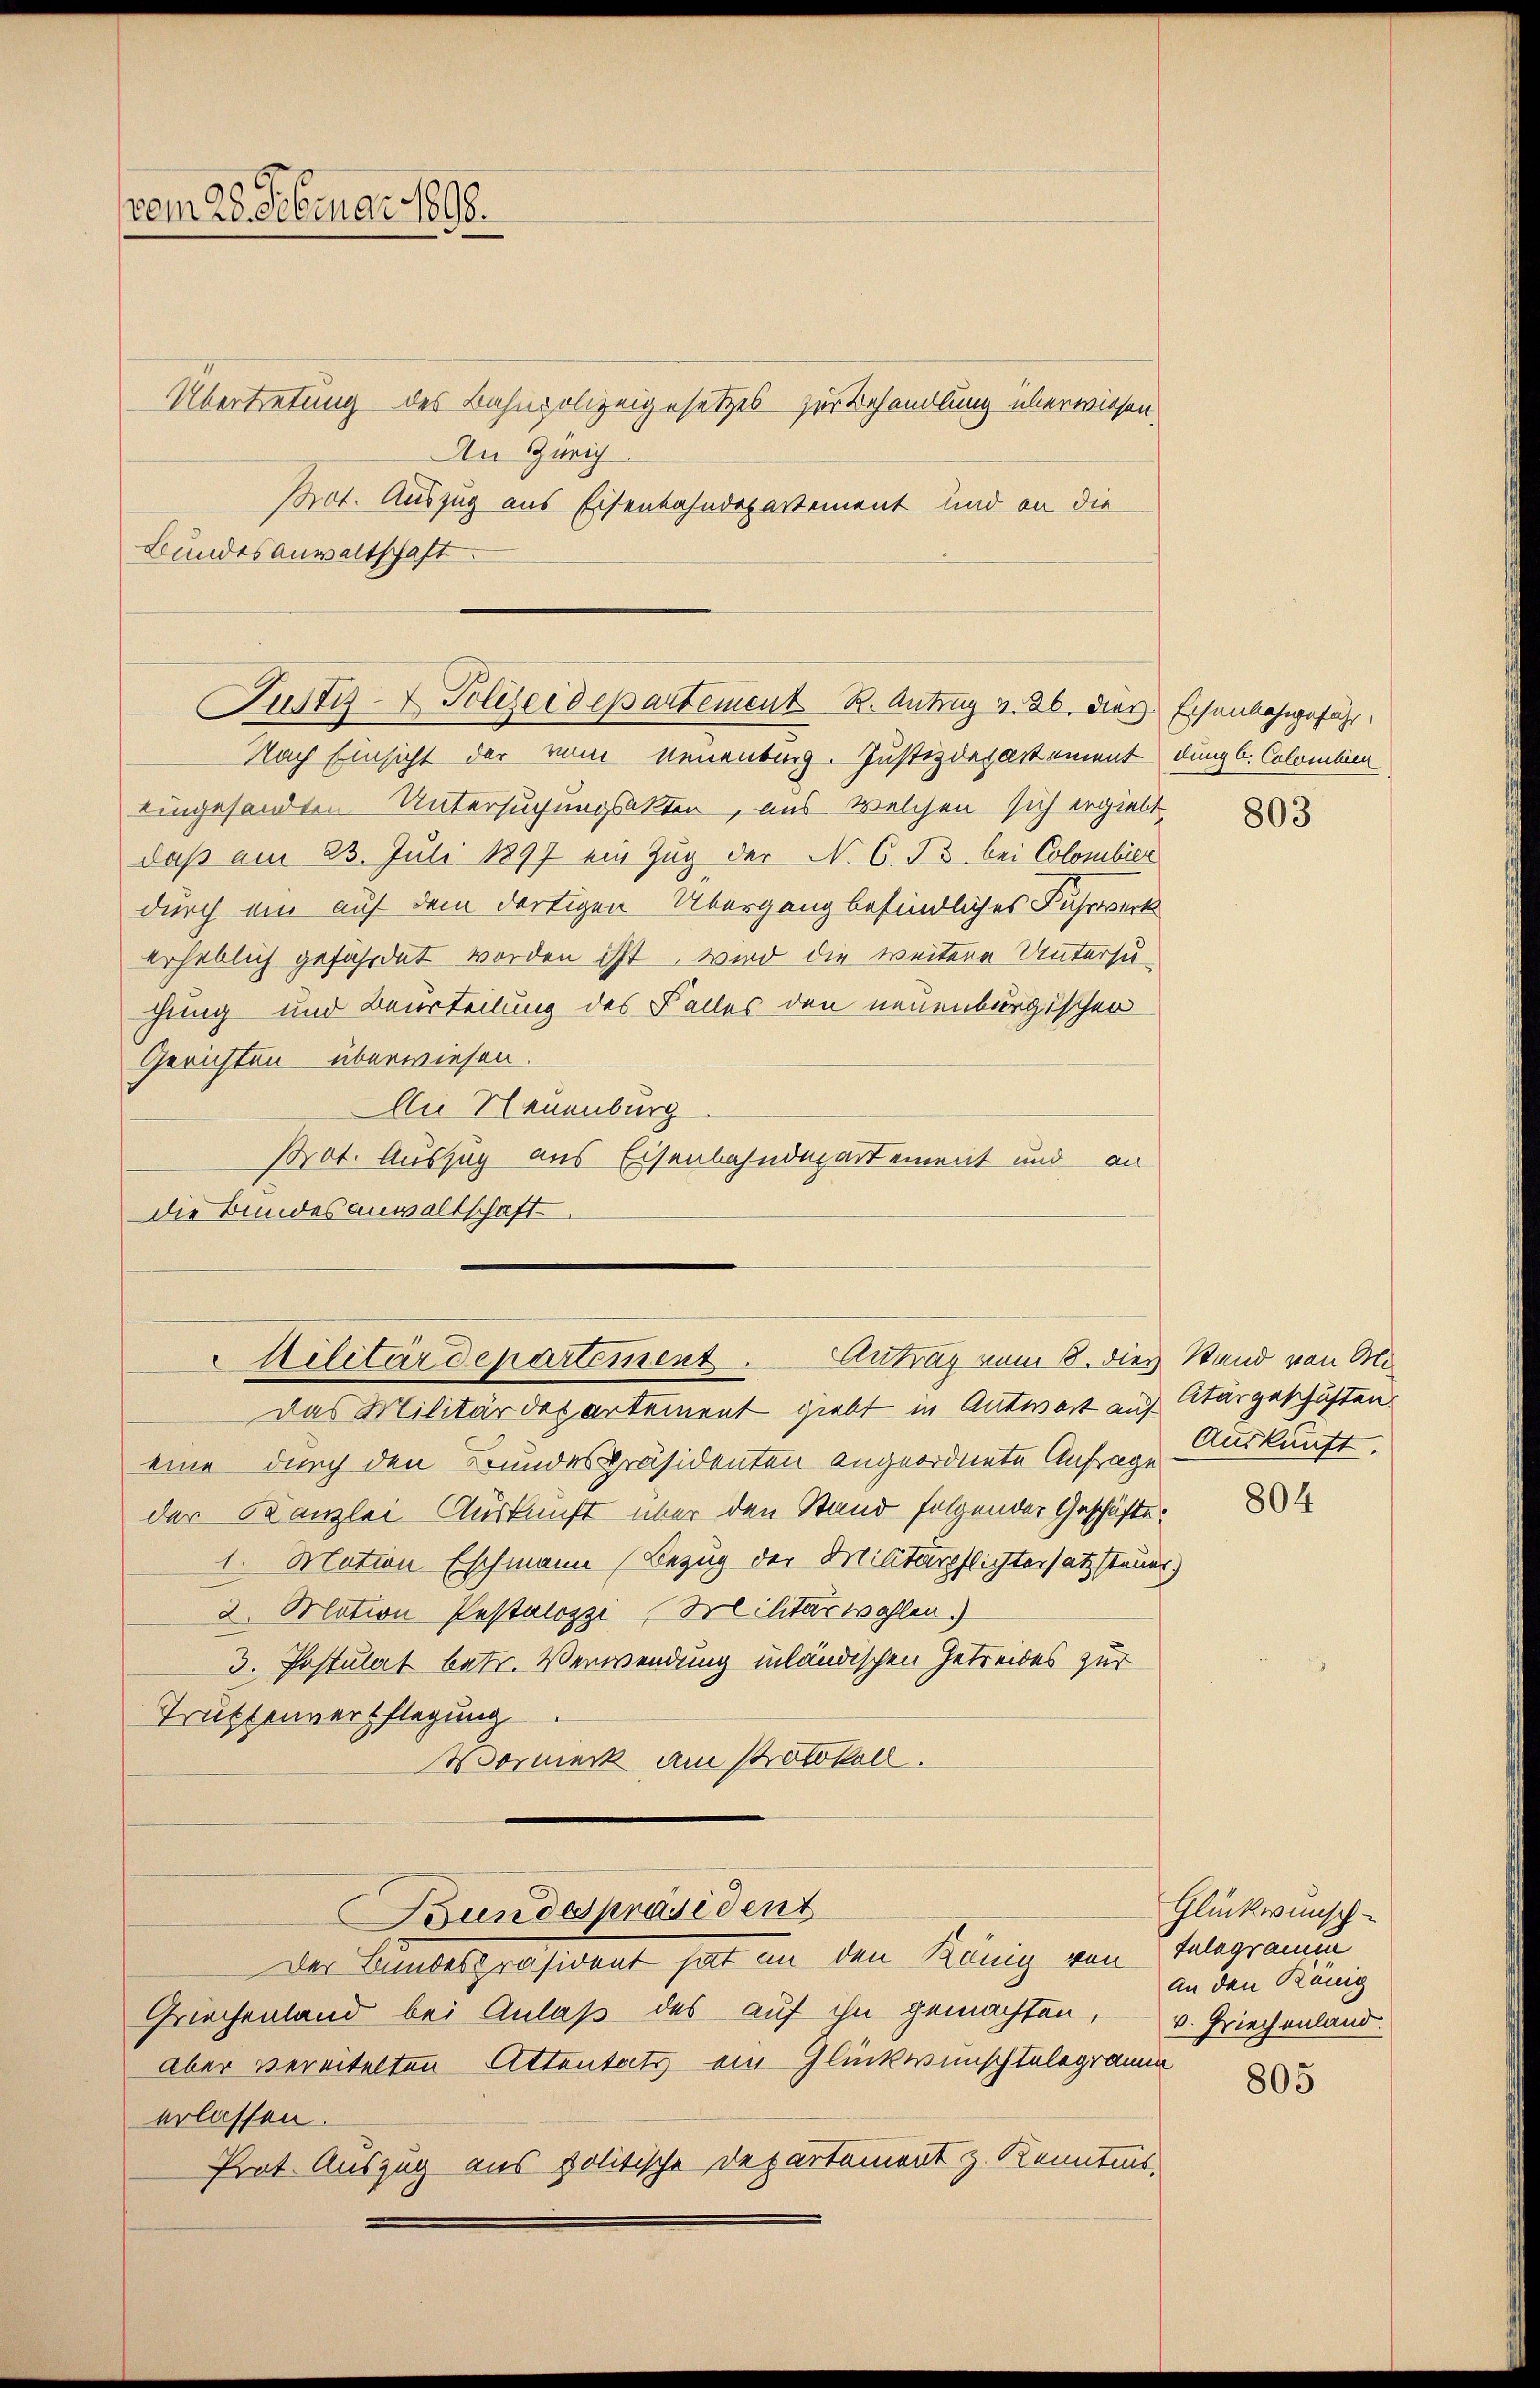
vom 28. Februar 1890.
An Zürich
Bundesanwaltschaft.

Übertretung des Bahnpolizeigesetzes zur Behandlung überwiesen,
Pot. Auszug aus Eisenbahndepartement und an die

Justiz-Polizeidepartement R. Antrag v. 26. dies Eisenbahngeführ

Nach Einsicht der vom Neuenburg. Justizdepartement dung l. Colombien
eingesandten Untersuchungsakten, aus welchen sich ergiebt
daß am 23. Juli 1897 ein Zug der No. 6. Js. bei Colombier
durch ein auf dem dortigen Übergang befindliches Fuhrwert
erheblich gefährdet worden ist wird die weitere Untersuhung und Beurteilung des Falles den neuenburgischen
Gerichten überwiesen.
An Neuenburg
Prot. Auszug aus Eisenbahndepartement und an
die Bundesanwaltschaft.
Das Militärdepartement giebt in Antwort auf Aturgeschäften.
eine durch den Brundespräsidenten angeordnete Anfrage
der Kanzlei Auskunft über den Stand folgender Geschäfts¬
1. Mation Eschmann (Bezug der Militärpflichtersatz steuer)
2. Mation Pestalozzi-Militärwahlen.)
3. Postulat betr. Verwendung inländischen Getreides zur
Truktenverpflegung
Wormerk am Protokoll.
Bundespräsident
Der Bundespräsident hat an den König von Telegramm
Griechenland bei Anlaß des auf ihn gemachten,
Aber vereitelten Attentats ein Glückwünschtelegramm
erlassen.
Prat. Auszug aus politische Departement z. Kenntnis.

Militärdepartement. Antrag vom 8. dies Stand von Mi

803

Auskunft.

804

Glückwünsch
An den Ranig
v. Griechenland.

805